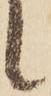
候